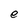
Character: e